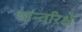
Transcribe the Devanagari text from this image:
चान्तरिक्षे